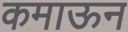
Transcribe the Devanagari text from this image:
कमाऊन